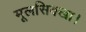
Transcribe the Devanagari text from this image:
मूलसिक्खा।